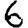
Digit: 6